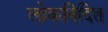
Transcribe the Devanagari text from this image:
लोकनिंदित